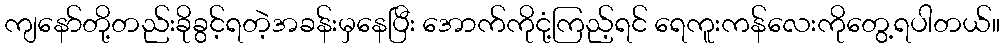
ကျနော်တို့တည်းခိုခွင့်ရတဲ့အခန်းမှနေပြီး အောက်ကိုငုံ့ကြည့်ရင် ရေကူးကန်လေးကိုတွေ့ရပါတယ်။